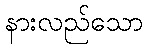
နားလည်သော